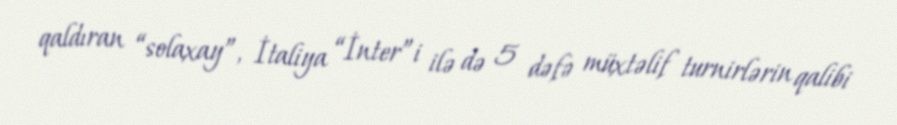
qaldıran “solaxay”, İtaliya “İnter”i ilə də 5 dəfə müxtəlif turnirlərin qalibi